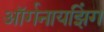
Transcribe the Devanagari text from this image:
ऑर्गनायझिंग